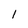
Character: 1